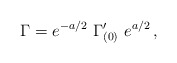
\begin{align*}\Gamma= e^{-a/2}\ \Gamma_{(0)}^{\prime}\ e^{a/2}\, ,\end{align*}